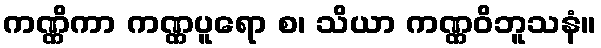
ကဏ္ဏိကာ ကဏ္ဏပူရော စ၊ သိယာ ကဏ္ဏဝိဘူသနံ။